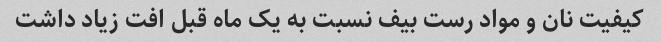
کیفیت نان و مواد رست بیف نسبت به یک ماه قبل افت زیاد داشت